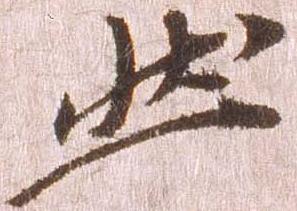
然